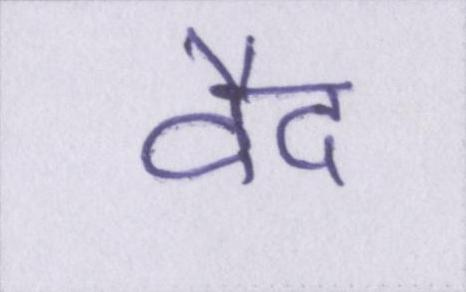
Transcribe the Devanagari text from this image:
वैद